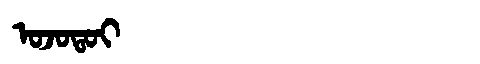
Manchu: ᠣᠵᠣᡨᠣᡳ
Romanization: OJOTOI